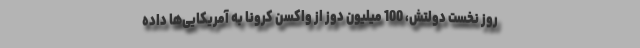
روز نخست دولتش، 100 میلیون دوز از واکسن کرونا به آمریکایی‌ها داده